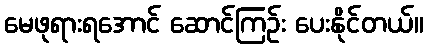
မေဖုရားရအောင် ဆောင်ကြဉ်း ပေးနိုင်တယ်။